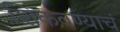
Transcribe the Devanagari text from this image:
शिकवण्याचं